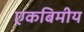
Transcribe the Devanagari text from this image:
एकबिमीय